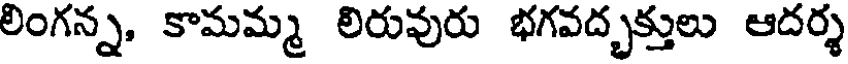
లింగన్న, కామమ్మ లిరువురు భగవద్భక్తులు ఆదర్శ